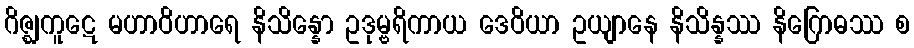
ဂိဇ္ဈကူဋေ မဟာဝိဟာရေ နိသိန္နော ဥဒုမ္ဗရိကာယ ဒေဝိယာ ဥယျာနေ နိသိန္နဿ နိဂြောဓဿ စ